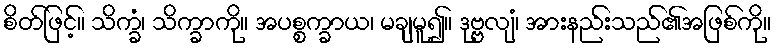
စိတ်ဖြင့်။ သိက္ခံ၊ သိက္ခာကို။ အပစ္စက္ခာယ၊ မချမူ၍။ ဒုဗ္ဗလျံ၊ အားနည်းသည်၏အဖြစ်ကို။